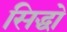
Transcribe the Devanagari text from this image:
सिद्धो